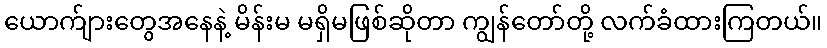
ယောက်ျားတွေအနေနဲ့ မိန်းမ မရှိမဖြစ်ဆိုတာ ကျွန်တော်တို့ လက်ခံထားကြတယ်။